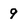
Character: 9